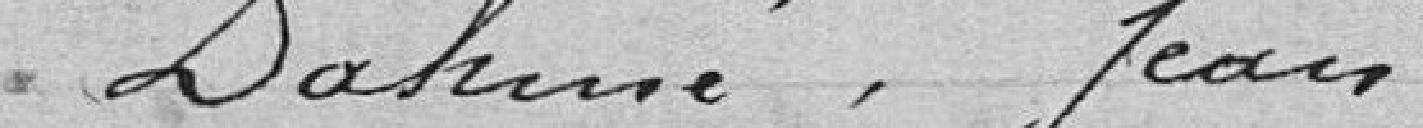
Dahmé, Jean